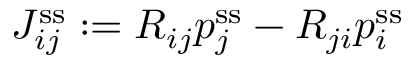
J _ { i j } ^ { \mathrm { s s } } : = R _ { i j } p _ { j } ^ { \mathrm { s s } } - R _ { j i } p _ { i } ^ { \mathrm { s s } }